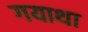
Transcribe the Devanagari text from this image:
गयाथा